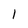
Character: l